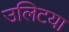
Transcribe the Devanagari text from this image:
उलिटया